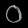
Digit: ၀